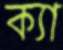
ক্যা